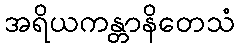
အရိယကန္တာနိတေသံ